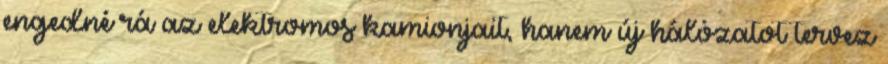
engedné rá az elektromos kamionjait, hanem új hálózatot tervez